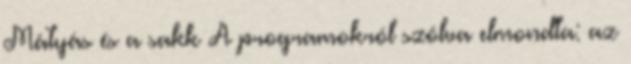
Mátyás és a sakk A programokról szólva elmondta: az